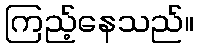
ကြည့်နေသည်။